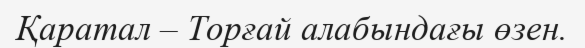
Қаратал – Торғай алабындағы өзен.